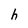
Character: h